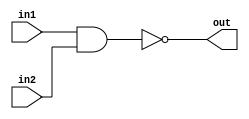
module nand_gate(in1, in2, out);
	input in1, in2;
	output out;
	nand my_nand(out, in1, in2);
endmodule